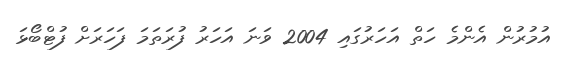
އުމުރުން އެންމެ ހަތް އަހަރުގައި 2004 ވަނަ އަހަރު ފުރަތަމަ ފަހަރަށް ފުޓްބޯޅަ